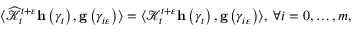
\begin{array} { r } { \langle \widehat { \mathcal { K } } _ { t } ^ { t + \varepsilon } \mathbf { h } \left( \gamma _ { t } \right) , \mathbf { g } \left( \gamma _ { i \varepsilon } \right) \rangle = \langle \mathcal { K } _ { t } ^ { t + \varepsilon } \mathbf { h } \left( \gamma _ { t } \right) , \mathbf { g } \left( \gamma _ { i \varepsilon } \right) \rangle , \; \forall i = 0 , \ldots , m , } \end{array}